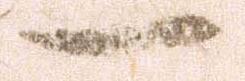
一